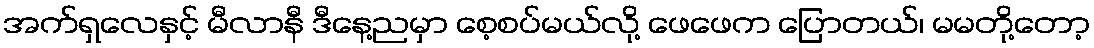
အက်ရှလေနှင့် မီလာနီ ဒီနေ့ညမှာ စေ့စပ်မယ်လို့ ဖေဖေက ပြောတယ်၊ မမတို့တော့